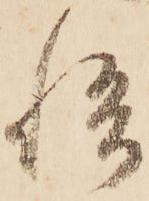
悟